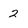
Character: 2